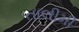
તાલીમી